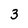
Character: 3